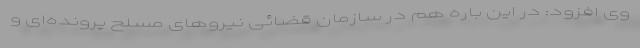
وی افزود: در این باره هم در سازمان قضائی نیروهای مسلح پرونده‌ای و